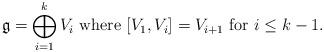
LaTeX: \begin{align*}\mathfrak{g} = \bigoplus_{i = 1}^k V_i \ \mbox{where $[V_1, V_i] = V_{i + 1}$ for $i \leq k - 1$.}\end{align*}